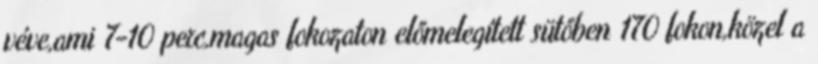
véve,ami 7-10 perc,magas fokozaton előmelegített sütőben 170 fokon,közel a